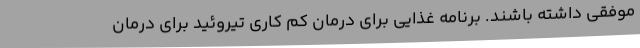
موفقی داشته باشند. برنامه غذایی برای درمان کم کاری تیروئید برای درمان